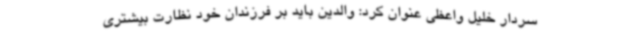
سردار خلیل واعظی عنوان کرد: والدین باید بر فرزندان خود نظارت بیشتری